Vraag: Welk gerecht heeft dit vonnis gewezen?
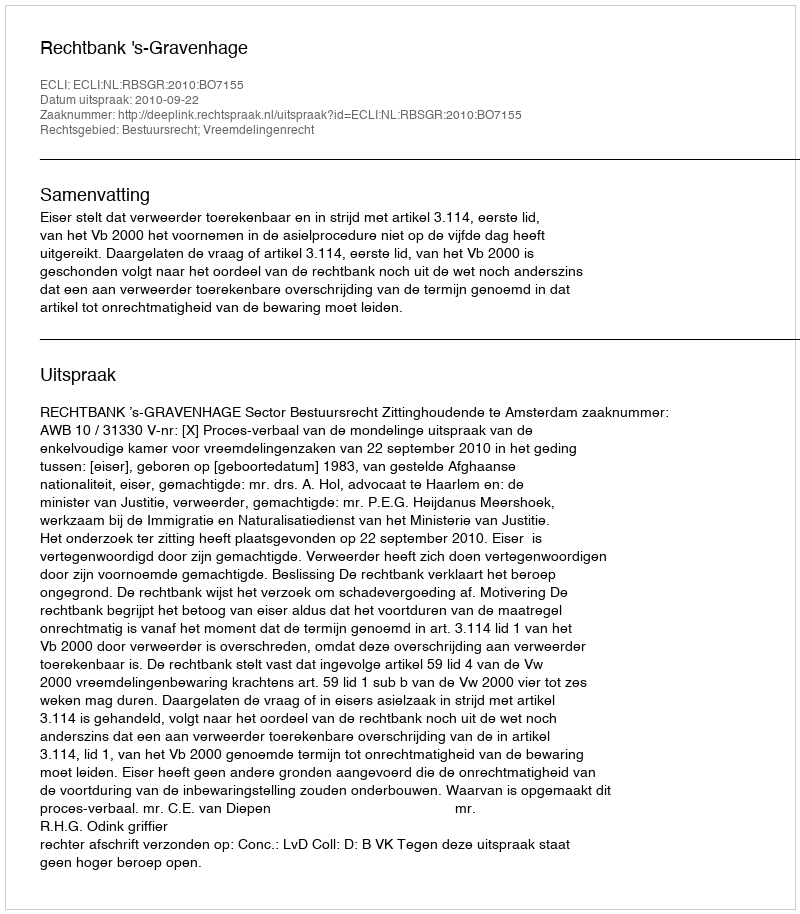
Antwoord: Rechtbank 's-Gravenhage